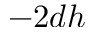
- 2 d h